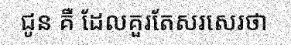
ជូន គឺ ដែលគួរតែសរសេរថា